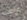
عرضك